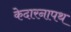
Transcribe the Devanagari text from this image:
केदारनापथ